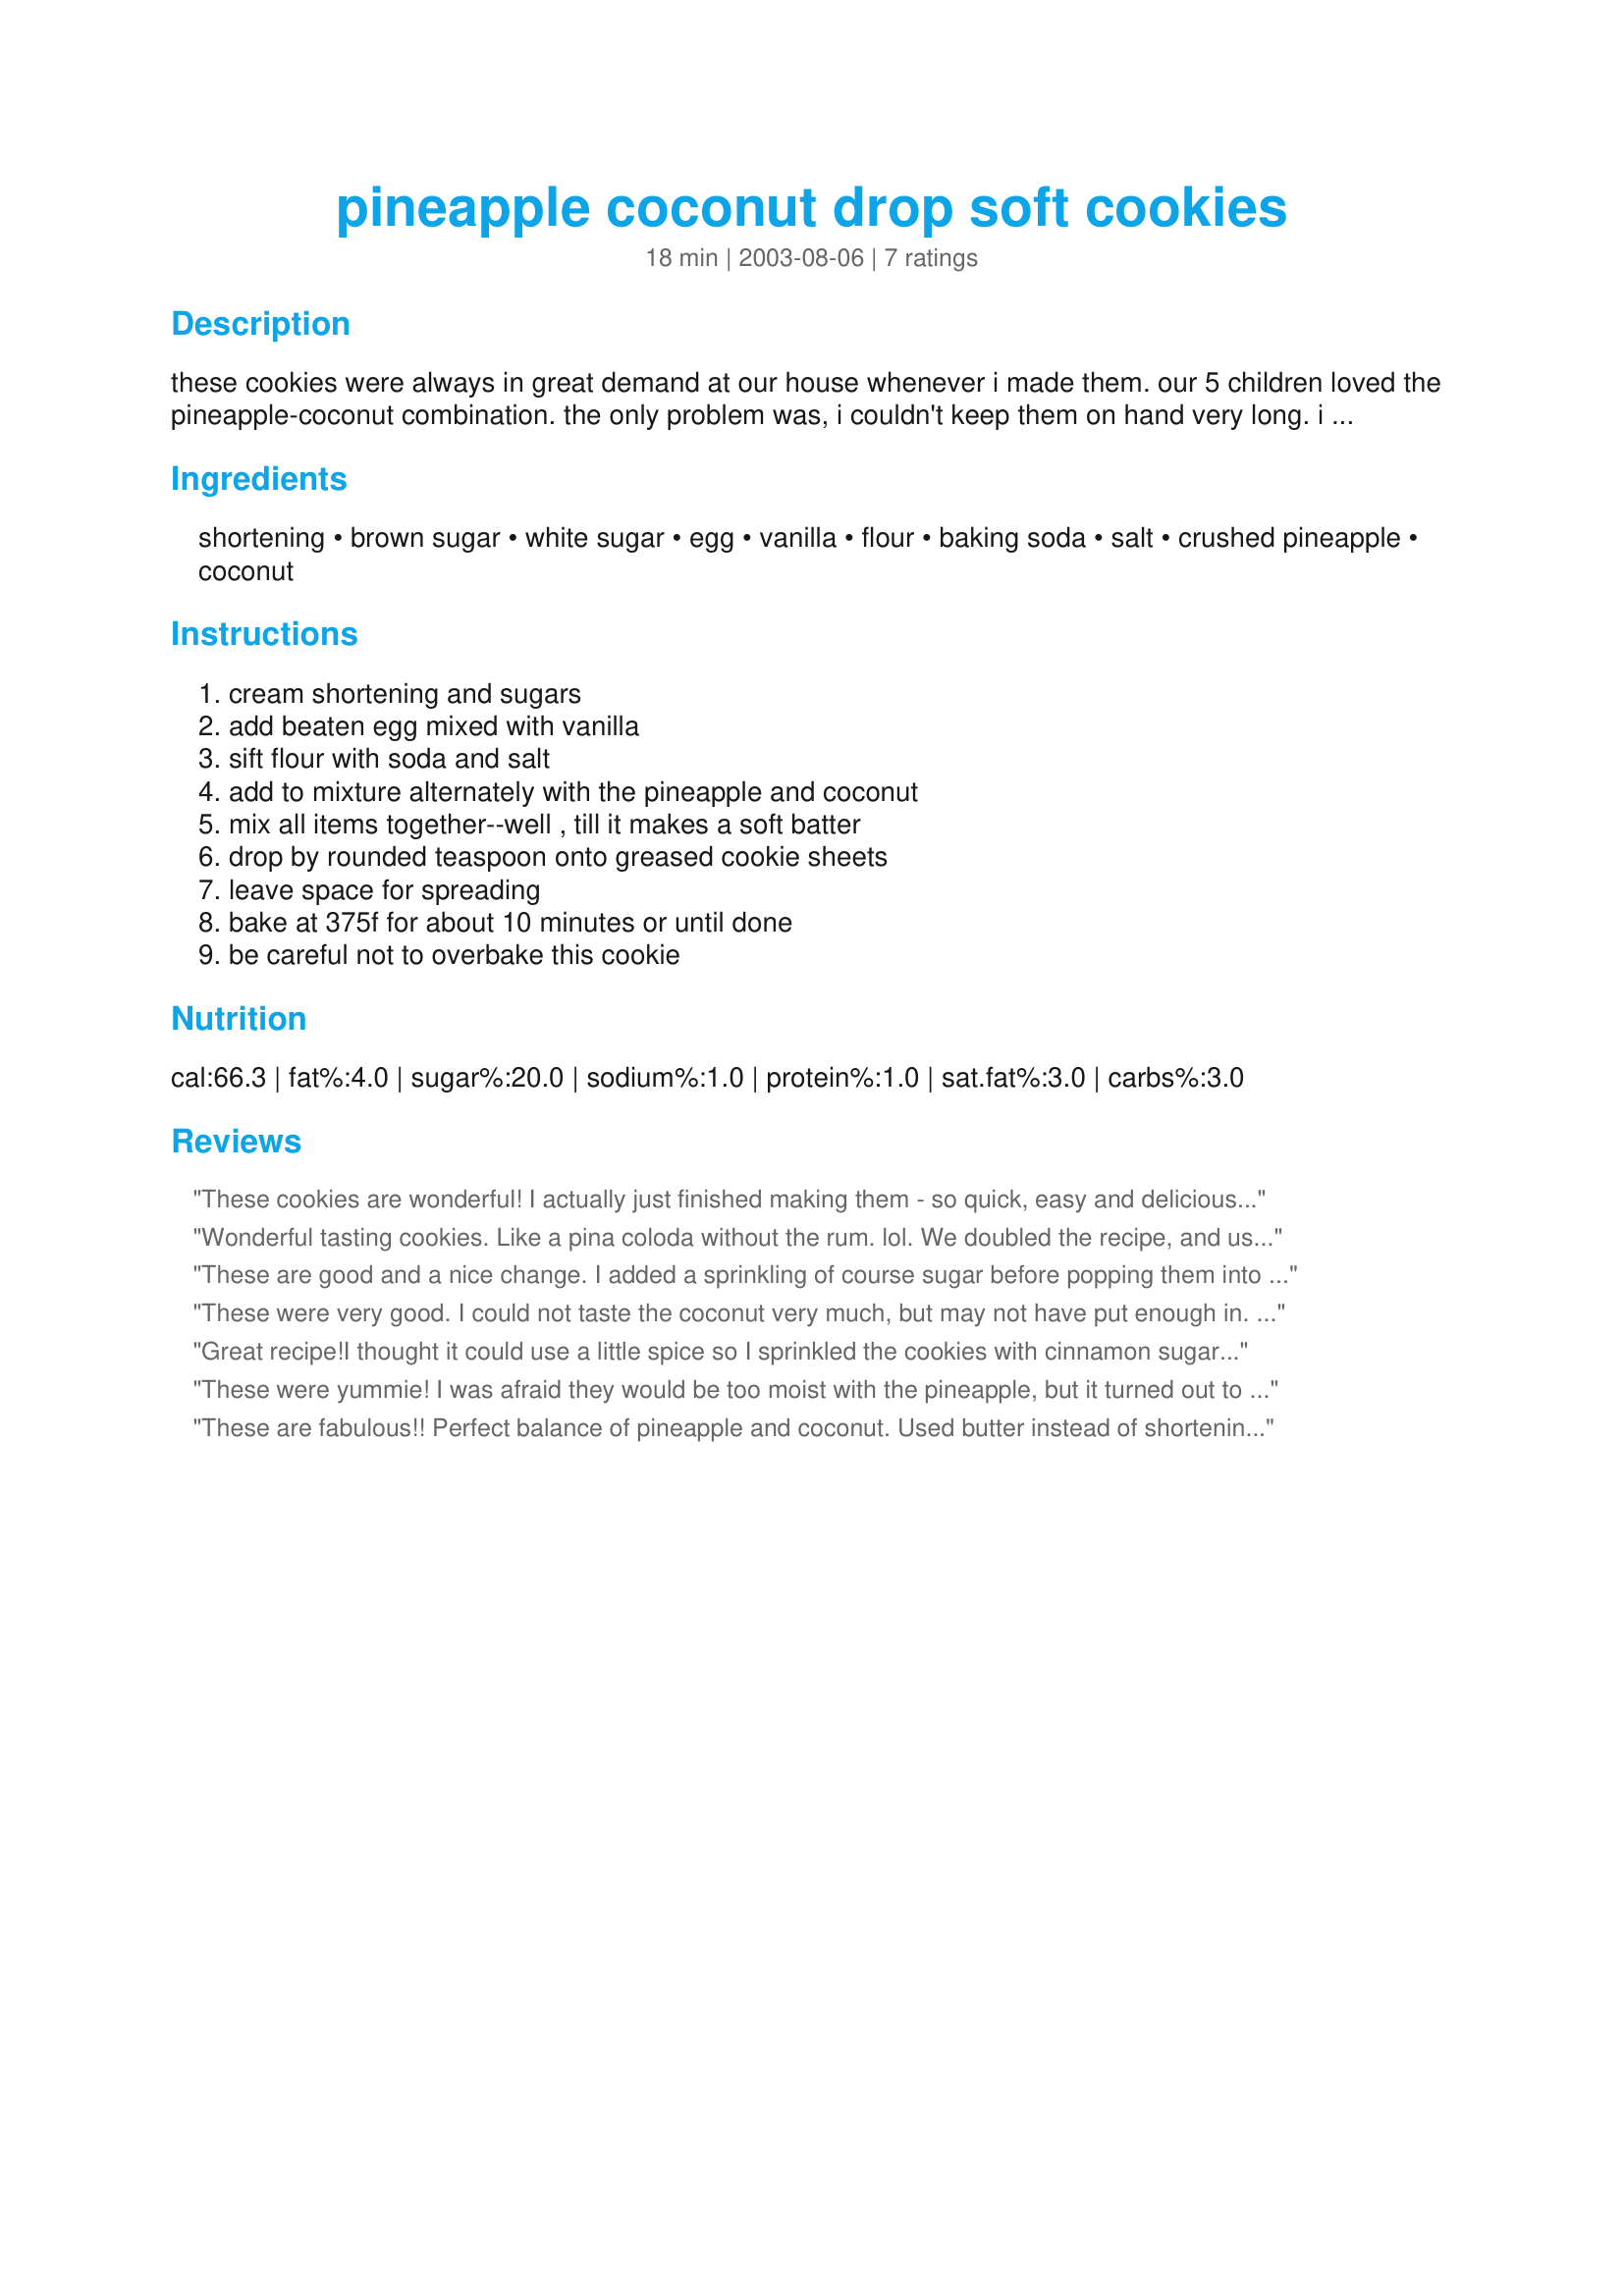
pineapple coconut drop soft cookies
Preparation time: 18 minutes

these cookies were always in great demand at our house whenever i made them. our 5 children loved the pineapple-coconut combination. the only problem was, i couldn't keep them on hand very long. i found this recipe in an albuquerque newspaper sometime in the '60's and have made them many times since then.

Ingredients:
shortening, brown sugar, white sugar, egg, vanilla, flour, baking soda, salt, crushed pineapple, coconut

Steps:
cream shortening and sugars, add beaten egg mixed with vanilla, sift flour with soda and salt, add to mixture alternately with the pineapple and coconut, mix all items together--well , till it makes a soft batter, drop by rounded teaspoon onto greased cookie sheets, leave space for spreading, bake at 375f for about 10 minutes or until done, be careful not to overbake this cookie

Reviews:
These cookies are wonderful! I actually just finished making them - so quick, easy and delicious. A perfect cookie for summetime - love the pineapple and coconut flavors. I will definately be making these again.
Thanks for the recipe!
Wonderful tasting cookies. Like a pina coloda without the rum. lol. We doubled the recipe, and used a 200 gram bag of coconut. These cookies didn't spead out.
These are good and a nice change. I added a sprinkling of course sugar before popping them into the oven. They were done at 9 minutes. I got 20 cookies but did what we would consider a normal size cookie. :) I did add a 1/2 tsp of coconut extract in addition to the vanilla. These will be made again. Thanks!
These were very good. I could not taste the coconut very much, but may not have put enough in. The pineapple was the predominant flavor, but that is okay with me. The recipe was simple to fix, which is a definite plus. I am going to share these with my neighbor and her children. Thanks Joje for a great recipe!
Great recipe!I thought it could use a little spice so I sprinkled the cookies with cinnamon sugar before putting them in the oven. Makes 5 dozen if you use a teaspoon measuring spoon. The kids already ate 2 batches.
These were yummie! I was afraid they would be too moist with the pineapple, but it turned out to be perfect! Not to hard, not to soft... but just right! And the taste is wonderful! I will be making these again! Thanks for the great recipe!!
These are fabulous!! Perfect balance of pineapple and coconut. Used butter instead of shortening and whole wheat pastry flour. I wasn't sure how much half a package was so I put in 1 1/2 cups of coconut. I greased my cookie sheets with sweet almond oil to give the cookies a little hint of that. These cookies were brown on the bottom at 10 minutes so do take them out at 10 minutes!!! They are soft but they have texture too. Great cookie, thanks!!
